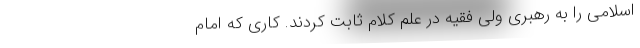
اسلامی را به رهبری ولی فقیه در علم کلام ثابت کردند. ‌کاری که امام